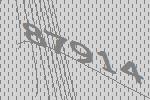
87914